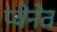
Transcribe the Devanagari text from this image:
प्वेनेत